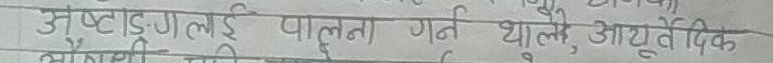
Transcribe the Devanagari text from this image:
अष्टाङ्गलाई पालना गर्न थाल्नु आयुर्वेदिक